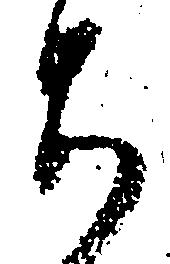
ち